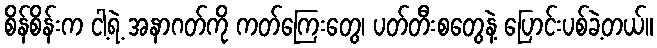
စိန်စိန်းက ငါ့ရဲ့ အနာဂတ်ကို ကတ်ကြေးတွေ၊ ပတ်တီးစတွေနဲ့ ပြောင်းပစ်ခဲ့တယ်။